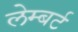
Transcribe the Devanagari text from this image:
लेम्‍बर्ट